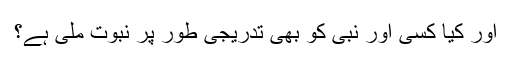
اور کیا کسی اور نبی کو بھی تدریجی طور پر نبوّت ملی ہے؟